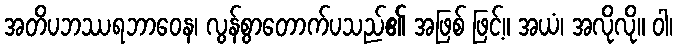
အတိပဘဿရဘာဝေန၊ လွန်စွာတောက်ပသည်၏ အဖြစ် ဖြင့်။ အယံ၊ အလိုလို။ ဝါ၊